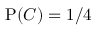
\mathrm { P } ( C ) = 1 / 4